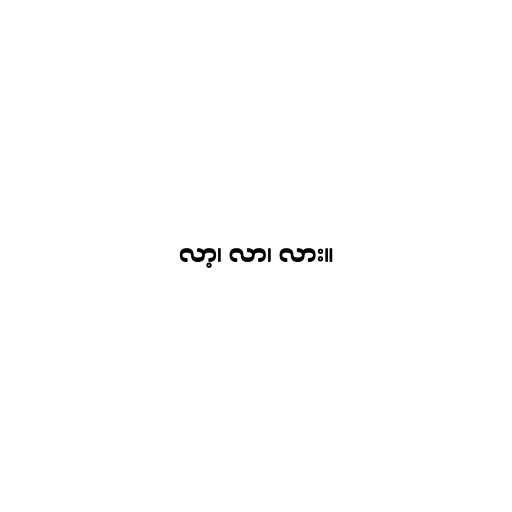
လာ့၊ လာ၊ လား။